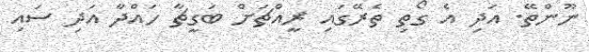
ނޫންތޭ. އަދި އެ ގޯތި ތެރޭގައި ރީއްޗަށް ބަގީޗާ ހައްދާ އަދި ސައި